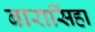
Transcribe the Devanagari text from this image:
बारासिंहा